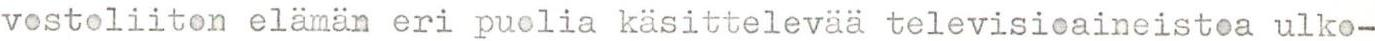
vostoliiton elämän eri puolia käsittelevää televisioaineistoa ulko-